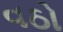
વઠો